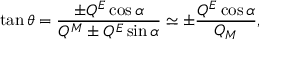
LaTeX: \tan \theta = \frac { \pm Q ^ { E } \cos \alpha } { Q ^ { M } \pm Q ^ { E } \sin \alpha } \simeq \pm \frac { Q ^ { E } \cos \alpha } { Q _ { M } } ,